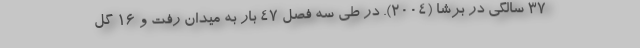
37 سالگی در برشا (2004). در طی سه فصل 47 بار به میدان رفت و 16 گل